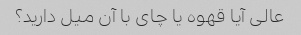
عالی آیا قهوه یا چای با آن میل دارید؟